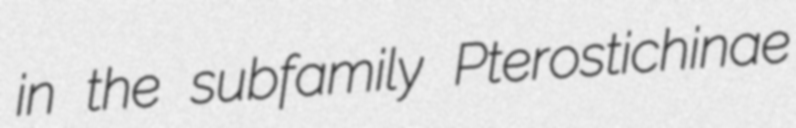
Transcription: in the subfamily Pterostichinae